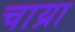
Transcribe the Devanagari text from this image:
चाय्रा